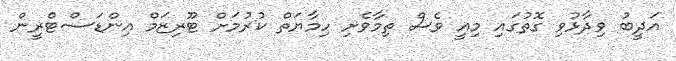
އަދީބު ވިދާޅުވި ގޮތުގައި މިއީ ވެސް ތިމާވެށި ހިމާޔަތް ކުރުމަށް ޓޫރިޒަމް އިންޑަސްޓްރީން